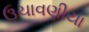
ઉચાવણીયા